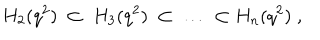
LaTeX: H _ { 2 } ( q ^ { 2 } ) \; \subset \; H _ { 3 } ( q ^ { 2 } ) \; \subset \; \ldots \; \subset H _ { n } ( q ^ { 2 } ) \; ,